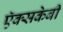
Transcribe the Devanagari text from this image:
ऍक्सकेबी